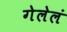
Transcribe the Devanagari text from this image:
गेलेलं